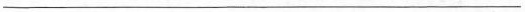
___